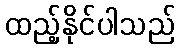
ထည့်နိုင်ပါသည်